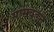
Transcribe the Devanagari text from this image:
सासवडने